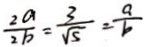
\frac { 2 a } { 2 b } = \frac { 3 } { \sqrt { 5 } } = \frac { a } { b }